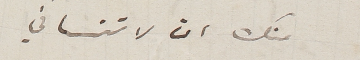
منك ان لا تنساني